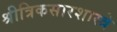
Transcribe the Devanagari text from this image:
श्रीत्रिकसारशास्त्रे